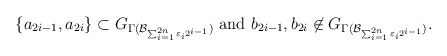
\begin{align*}\{a_{2i-1}, a_{2i} \} \subset G_{\Gamma( \mathcal{B}_{\sum_{i=1}^{2n} \varepsilon_{i} 2^{i-1}})} \ \mathrm{and} \ b_{2i-1}, b_{2i} \not\in G_{\Gamma( \mathcal{B}_{\sum_{i=1}^{2n} \varepsilon_{i} 2^{i-1}})}.\end{align*}